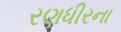
રણધીરના